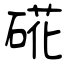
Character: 硴